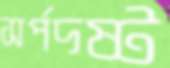
সর্পদষ্ট